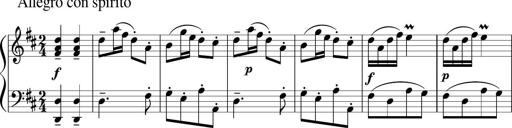
Title: 12 Keyboard Sonatinas
Composer: James Hook